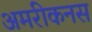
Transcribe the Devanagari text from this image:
अमरीकनस